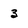
Character: 3